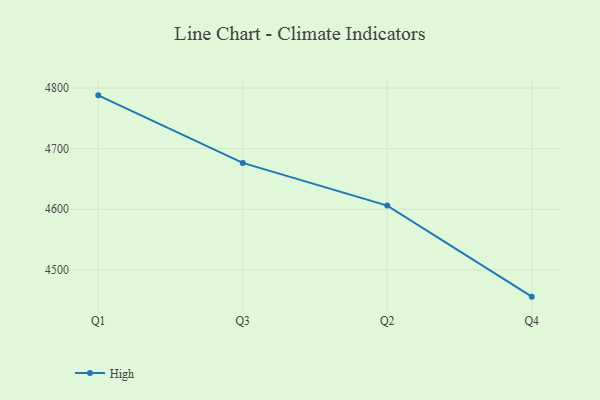
{"axis": {"x": "Quarter", "y": "Latency (ms)"}, "legend": ["High"], "data": [{"x": "Q1", "y": 4788.0, "type": "High"}, {"x": "Q3", "y": 4676.5, "type": "High"}, {"x": "Q2", "y": 4606.1, "type": "High"}, {"x": "Q4", "y": 4455.8, "type": "High"}]}